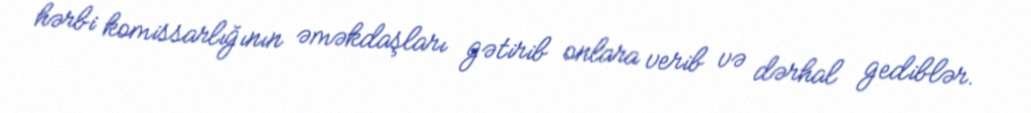
hərbi komissarlığının əməkdaşları gətirib onlara verib və dərhal gediblər.